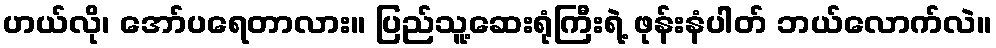
ဟယ်လို၊ အော်ပရေတာလား။ ပြည်သူ့ဆေးရုံကြီးရဲ့ ဖုန်းနံပါတ် ဘယ်လောက်လဲ။